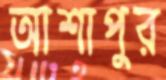
আশাপুর